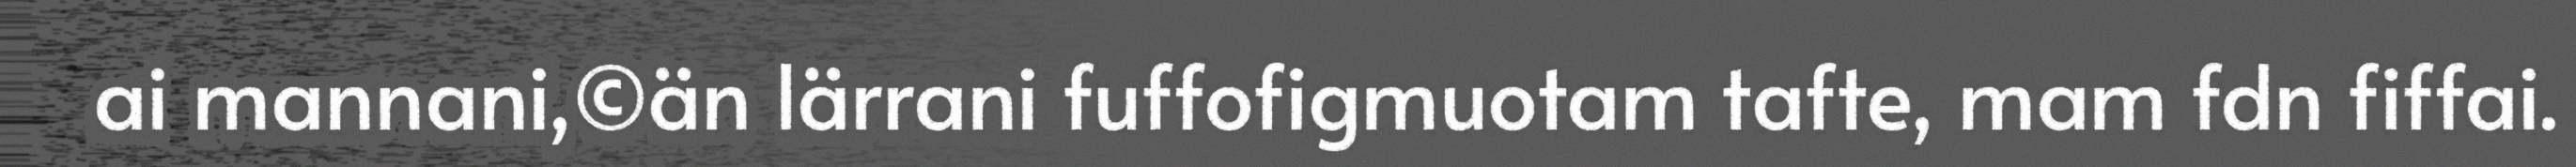
ai mannani,©än lärrani fuffofigmuotam tafte, mam fdn fiffai.